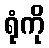
ရုံကို